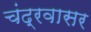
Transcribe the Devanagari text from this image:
चंद्रवासर